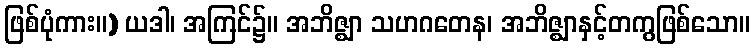
ဖြစ်ပုံကား။) ယဒါ၊ အကြင်၌။ အဘိဇ္ဈာ သဟဂတေန၊ အဘိဇ္ဈာနှင့်တကွဖြစ်သော။